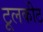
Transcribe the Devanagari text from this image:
टूलकीट